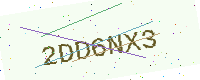
Text: 2DD6NX3